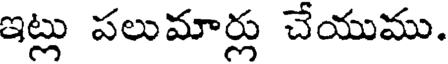
ఇట్లు పలుమార్లు చేయుము.